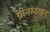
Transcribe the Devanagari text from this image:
ग्रीनस्टाइन